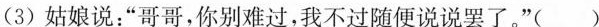
(3)姑娘说：”哥哥，你别难过，我不过随便说说罢了。”( )